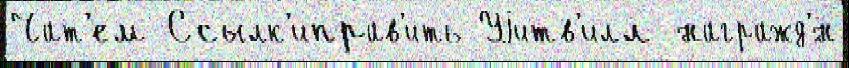
Чат'ем Ссылк'иправ'ить Уjитв'илл награжд'́н